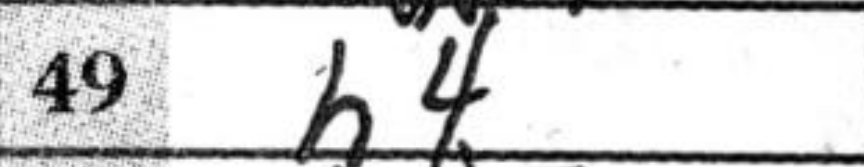
Transcription: h4